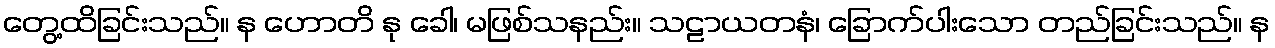
တွေ့ထိခြင်းသည်။ န ဟောတိ နု ခေါ၊ မဖြစ်သနည်း။ သဠာယတနံ၊ ခြောက်ပါးသော တည်ခြင်းသည်။ န